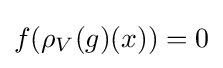
f(\rho _{V}(g)(x))=0